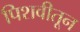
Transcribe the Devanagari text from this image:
पिशवीतून